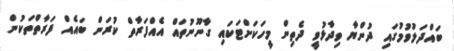
ބައްދަލުވުމުގައި ދުންޔާ ވިދާޅުވީ ދެތިން މީހަކަށްޓަކައި ގާނޫނުތައް އެއްފަރާތް ކުރަން ބައެއް ފަރާތްތަކުން